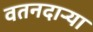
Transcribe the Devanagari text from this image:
वतनदार्‍या